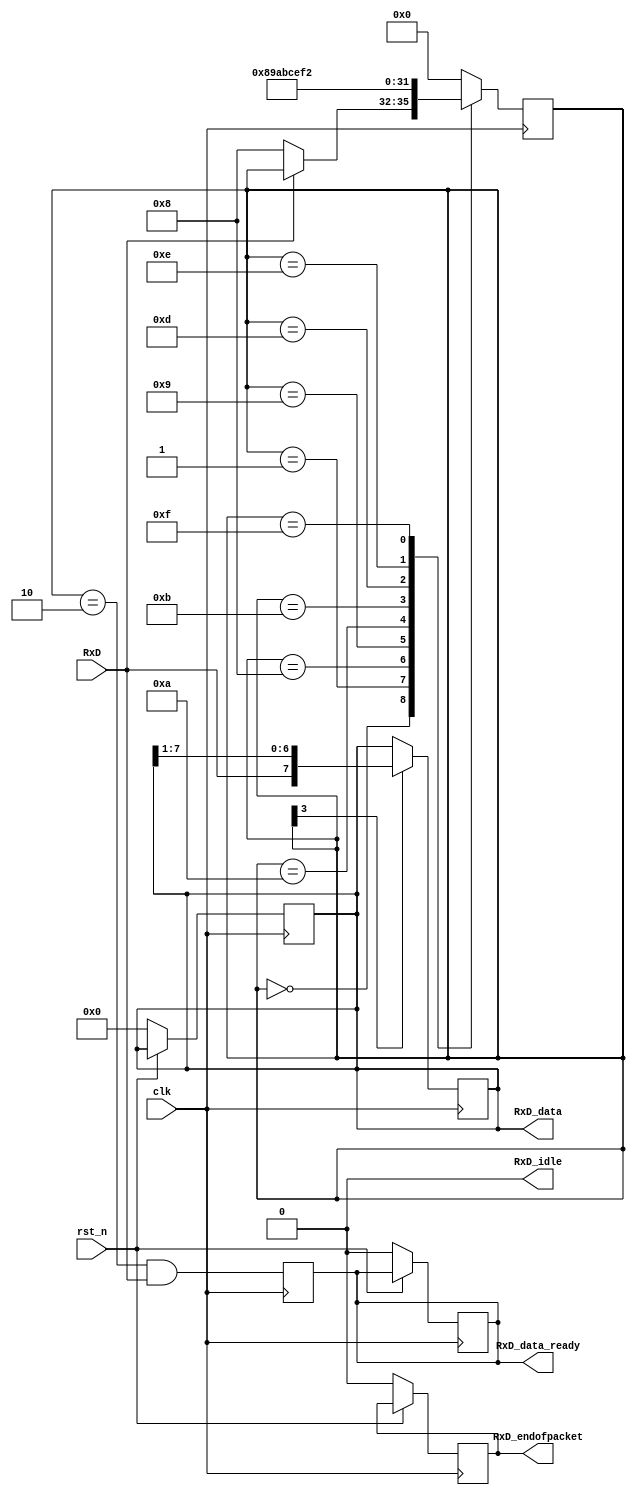
`define SIMULATION

module async_receiver(
    input clk,
    input RxD,
    input rst_n,
    output reg RxD_data_ready,
    output reg [7:0] RxD_data,  // data received, valid only (for one clock cycle) when RxD_data_ready is asserted

    // We also detect if a gap occurs in the received stream of characters
    // // That can be useful if multiple characters are sent in burst
    // //  so that multiple characters can be treated as a "packet"
    output RxD_idle,  // asserted when no data has been received for a while
    output reg RxD_endofpacket  // asserted for one clock cycle when a packet has been detected (i.e. RxD_idle is going high)
);

parameter ClkFrequency = 25000000; // 25MHz
parameter Baud = 115200;

parameter Oversampling = 8;  // needs to be a power of 2
// we oversample the RxD line at a fixed rate to capture each RxD data bit at the "right" time
// 8 times oversampling by default, use 16 for higher quality reception

generate
    if(ClkFrequency<Baud * Oversampling)
        ASSERTION_ERROR PARAMETER_OUT_OF_RANGE("Frequency too low for Baud rate and oversampling");
    if(Oversampling < 8 || ((Oversampling & (Oversampling - 1)) != 0))
        ASSERTION_ERROR PARAMETER_OUT_OF_RANGE("Invalid oversampling value");
endgenerate

// handle resets
always @(posedge clk) begin
    if (!rst_n) begin
        RxD_data_ready <= 0;
        RxD_data <= 8'b0;
        RxD_endofpacket <= 0;
    end
end

reg [3:0] RxD_state = 0;

`ifdef SIMULATION
    wire RxD_bit = RxD;
    wire sampleNow = 1'b1;  // receive one bit per clock cycle

`else
    wire OversamplingTick;
    BaudGen #(ClkFrequency, Baud, Oversampling) tickgen(
        .clk(clk),
        .enable(1'b1),
        .tick(OversamplingTick)
    );

    // Flip flops are used. to ensure that the value of RxD_sync are timed
    // with the clock
    //
    // For example: if the value of RxD_sync is 2'b01 and the incoming value
    // of Rxd is 1'b1, then on the next tick the value of RxD_sync will be
    // 2'b11. Now the value of RxD_sync is aligned with the clock!
    reg [1:0] RxD_sync = 2'b11;
    always @(posedge clk)
        if(OversamplingTick)
            RxD_sync <= {RxD_sync[0], RxD};

    // Simple Digitial Debounce filter is used to smoothen the signal
    reg [1:0] Filter_cnt = 2'b11;
    reg RxD_bit = 1'b1;

    always @(posedge clk)
    if(OversamplingTick) begin
        if(RxD_sync[1] == 1'b1 && Filter_cnt != 2'b11)
            Filter_cnt <= Filter_cnt + 1'd1;
        else if(RxD_sync[1] == 1'b0 && Filter_cnt != 2'b00)
            Filter_cnt <= Filter_cnt - 1'd1;
        if(Filter_cnt == 2'b11)
            RxD_bit <= 1'b1;
        else if(Filter_cnt == 2'b00)
            RxD_bit <= 1'b0;
    end

    function integer log2(input integer v);
        begin
            log2 = 0;
            while(v >> log2)
                log2 = log2 + 1; 
        end
    endfunction

    localparam l2o = log2(Oversampling);
    reg [l2o-2:0] OversamplingCnt = 0;
    always @(posedge clk)
        if(OversamplingTick)
            OversamplingCnt <= (RxD_state==0) ? 1'd0 : OversamplingCnt + 1'd1;
    wire sampleNow = OversamplingTick && (OversamplingCnt == Oversampling / 2 - 1);
`endif

// now we can accumulate the RxD bits in a shift-register
always @(posedge clk)
case(RxD_state)
    4'b0000: if(~RxD_bit) RxD_state <= `ifdef SIMULATION 4'b1000 `else 4'b0001 `endif;  // start bit found?
    4'b0001: if(sampleNow) RxD_state <= 4'b1000;  // sync start bit to sampleNow
    4'b1000: if(sampleNow) RxD_state <= 4'b1001;  // bit 0
    4'b1001: if(sampleNow) RxD_state <= 4'b1010;  // bit 1
    4'b1010: if(sampleNow) RxD_state <= 4'b1011;  // bit 2
    4'b1011: if(sampleNow) RxD_state <= 4'b1100;  // bit 3
    4'b1101: if(sampleNow) RxD_state <= 4'b1110;  // bit 5
    4'b1110: if(sampleNow) RxD_state <= 4'b1111;  // bit 6
    4'b1111: if(sampleNow) RxD_state <= 4'b0010;  // bit 7
    4'b0010: if(sampleNow) RxD_state <= 4'b0000;  // stop bit
    default: RxD_state <= 4'b0000;
endcase

always @(posedge clk)
    if(sampleNow && RxD_state[3])
        RxD_data <= {RxD_bit, RxD_data[7:1]};
    //reg RxD_data_error = 0;
always @(posedge clk)
begin
    RxD_data_ready <= (sampleNow && RxD_state == 4'b0010 && RxD_bit);  // make sure a stop bit is received
    //RxD_data_error <= (sampleNow && RxD_state == 4'b0010 && ~RxD_bit);  // error if a stop bit is not received
end

`ifdef SIMULATION
    assign RxD_idle = 0;
`else
    reg [l2o+1:0] GapCnt = 0;
    always @(posedge clk)
        if (RxD_state != 0)
            GapCnt <= 0;
        else if(OversamplingTick & ~GapCnt[log2(Oversampling) + 1])
            GapCnt <= GapCnt + 1'h1;
    assign RxD_idle = GapCnt[l2o + 1];
    always @(posedge clk)
        RxD_endofpacket <= OversamplingTick & ~GapCnt[l2o + 1] & &GapCnt[l2o:0];
`endif

endmodule